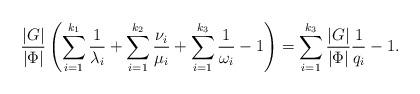
LaTeX: \begin{align*}\frac{|G|}{|\Phi|} \left(\sum_{i=1}^{k_1} \frac{1}{\lambda_{i}} + \sum_{i=1}^{k_2} \frac{\nu_i}{\mu_i} +\sum_{i=1}^{k_3} \frac{1}{\omega_i} - 1 \right) = \sum_{i=1}^{k_3} \frac{|G|}{|\Phi|}\frac{1}{q_i} - 1 . \end{align*}